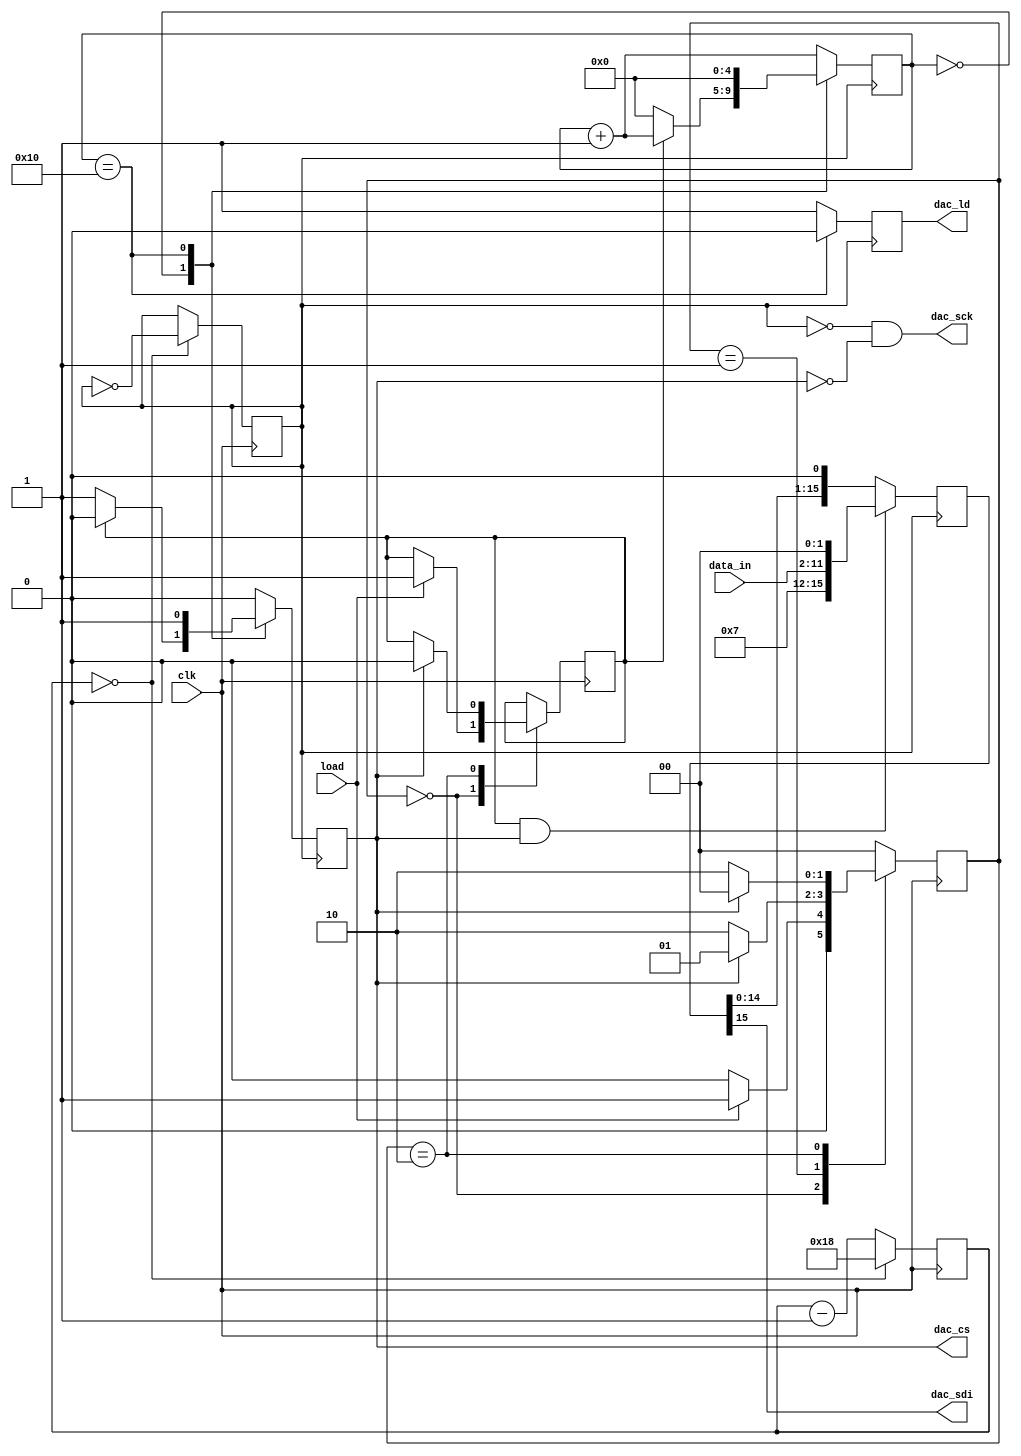
//------------------------------
// Module name: spi2dac
// Function: SPI interface for MPC4911 DAC
// Creator:  Peter Cheung
// Version:  1.3
//------------------------------

module spi2dac (clk, data_in, load, dac_sdi, dac_cs, dac_sck, dac_ld);

	input	clk;				// 50MHz system clock of DE0
	input	[9:0]	data_in;	// input data to DAC
	input	load;				// Pulse to load data to dac
	output dac_sdi;		// SPI serial data out
	output dac_cs;			// chip select - low when sending data to dac
	output dac_sck;		// SPI clock, 16 cycles at half clk freq
	output dac_ld;

//-------------Input Ports-----------------------------
// All the input ports should be wires
	wire			clk, load;
	wire [9:0]	data_in;
	
//-------------Output Ports-----------------------------
// Output port can be a storage element (reg) or a wire
	reg			dac_cs, dac_ld;
	wire			dac_sck, dac_sdi;
	
	parameter	BUF=1'b1;		// 0:no buffer, 1:Vref buffered
	parameter	GA_N=1'b1;		// 0:gain = 2x, 1:gain = 1x
	parameter	SHDN_N=1'b1;	// 0:power down, 1:dac active
	
	wire [3:0] cmd = {1'b0,BUF,GA_N,SHDN_N};  // wire to VDD or GND
	
	// --- Submodule: Generate internal clock at 1 MHz -----
	reg			clk_1MHz;	// 1Mhz clock derived from 50MHz
	reg [4:0]	ctr;			// internal counter
	parameter	TIME_CONSTANT = 5'd24;  // change this for diff clk freq
	initial begin
		clk_1MHz = 0;			// don't need to reset - don't care if it is 1 or 0 to start
		ctr = 5'b0;				//  ... Initialise when FPGA is configured
	end
		
	always @ (posedge clk)   // 
	  if (ctr==0) begin
		  ctr <= TIME_CONSTANT;
		  clk_1MHz <= ~clk_1MHz; // toggle the output clock for squarewave
		end
	  else
		  ctr <= ctr - 1'b1;
	// ---- end internal clock generator ----------

	// ---- Detect posedge of load with a small state machine
	// .... FF set on posedge of load
	// .... reset when dac_cs goes high at the end of DAC output cycle
	reg [1:0] 	sr_state;
	parameter	IDLE  = 2'b00,WAIT_CSB_FALL = 2'b01, WAIT_CSB_HIGH = 2'b10;
	reg			dac_start;		 // set if a DAC write is detected
	
	initial begin
		sr_state = IDLE;
		dac_start = 1'b0;	// set while sending data to DAC
		end
	
	always @ (posedge clk)
		case (sr_state)
			IDLE:	if (load==1'b0) sr_state <= IDLE;
					else	begin
						sr_state <= WAIT_CSB_FALL;
						dac_start <= 1'b1;
						end  				
			WAIT_CSB_FALL: if (dac_cs==1'b1) sr_state <= WAIT_CSB_FALL;
					else sr_state <= WAIT_CSB_HIGH;
					
			WAIT_CSB_HIGH: if (dac_cs==1'b0) sr_state <= WAIT_CSB_HIGH;
					else begin
						sr_state <= IDLE;
						dac_start <= 1'b0;
						end	
			default: sr_state <= IDLE;
		endcase
	//------- End circuit to detect start and end of conversion	

	//------- spi controller designed as a state machine
	// .... with 17 states (idle, and S1-S16 
	// .... for the 16 cycles each sending 1-bit to dac)
	reg [4:0] 	state;
	
	initial	begin	
		state = 5'b0; dac_ld = 1'b0; dac_cs = 1'b1; 
		end
		
	always @(posedge clk_1MHz)  begin
		// default outputs and state transition
		dac_cs <= 1'b0; dac_ld <= 1'b1; 
		state <= state + 1'b1;	// move to next state by default
		case (state)
			5'd0:	if (dac_start == 1'b0)  begin  
						state <= 5'd0; 				// still waiting
						dac_cs <= 1'b1; 
						end
			5'd16: begin  
						dac_cs <= 1'b1; dac_ld <= 1'b0; 
						state <= 5'd0;  // go back to idle state
					end
			default:   begin					// all other states
					dac_cs <= 1'b0; dac_ld <= 1'b1; 
					state <= state + 1'b1;	// default state transition
					end
			endcase
		end	// ... always
	
	// shift register for output data
	reg [15:0] shift_reg;
	initial	begin	
		shift_reg = 16'b0; 
		end

	always @(posedge clk_1MHz)
		if((dac_start==1'b1)&&(dac_cs==1'b1))		// parallel load data to shift reg
			shift_reg <= {cmd,data_in,2'b00};
		else 													// .. else start shifting
			shift_reg <= {shift_reg[14:0],1'b0};
	
	// Assign outputs to drive SPI interface to DAC
			assign dac_sck = !clk_1MHz&!dac_cs;
			assign dac_sdi = shift_reg[15];
endmodule